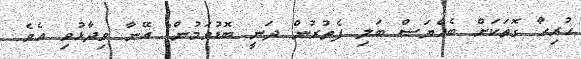
ހުރިހާ ގޮތަކަށް ބެއްޔަސް ބަލި ފެތުރުން ދަނީ ބޮޑުވަމުން" އޭނާ ވިދާޅުވި އެވެ.